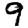
Digit: 9